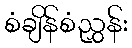
စံချိန်စံညွှန်း